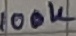
Text: 100K